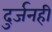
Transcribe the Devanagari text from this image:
दुर्जनही